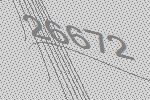
26672